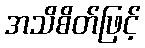
အသိစိတ်ဖြင့်